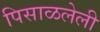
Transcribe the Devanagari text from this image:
पिसाळलेली